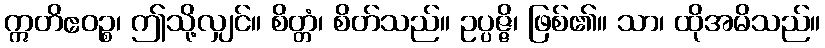
ဣတိဧဝဉ္စ၊ ဤသို့လျှင်။ စိတ္တံ၊ စိတ်သည်။ ဥပ္ပဇ္ဇိ၊ ဖြစ်၏။ သာ၊ ထိုအမိသည်။